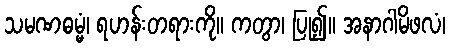
သမဏဓမ္မံ၊ ရဟန်းတရားကို။ ကတွာ၊ ပြု၍။ အနာဂါမိဖလံ၊